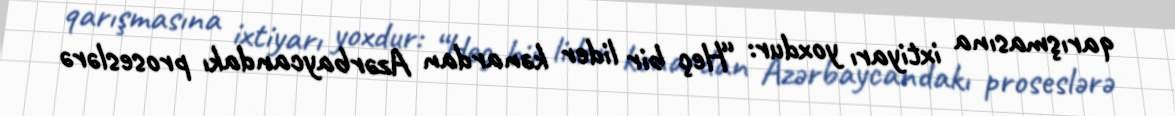
qarışmasına ixtiyarı yoxdur: “Heç bir lider kənardan Azərbaycandakı proseslərə